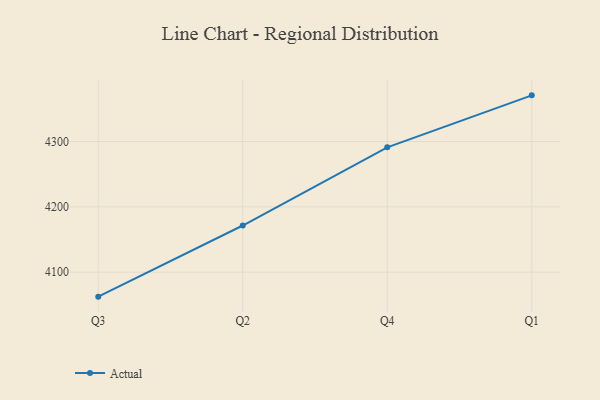
{"axis": {"x": "Quarter", "y": "Headcount"}, "legend": ["Actual"], "data": [{"x": "Q3", "y": 4062.5, "type": "Actual"}, {"x": "Q2", "y": 4171.4, "type": "Actual"}, {"x": "Q4", "y": 4291.1, "type": "Actual"}, {"x": "Q1", "y": 4370.7, "type": "Actual"}]}